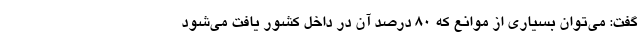
گفت: می‌توان بسیاری از موانع که ۸۰ درصد آن در داخل کشور یافت می‌شود